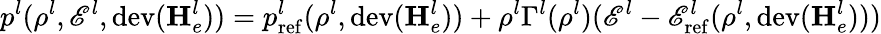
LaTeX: p^{l}(\rho^{l},\mathscr{E}^{l},\mathrm{dev}(\mathbf{H}_{e}^{l}))=p_{\mathrm{ref}}^{l}(\rho^{l},\mathrm{dev}(\mathbf{H}_{e}^{l}))+\rho^{l}\Gamma^{l}(\rho^{l})(\mathscr{E}^{l}-\mathscr{E}_{\mathrm{ref}}^{l}(\rho^{l},\mathrm{dev}(\mathbf{H}_{e}^{l})))